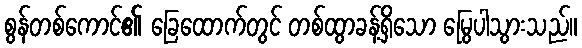
စွန်တစ်ကောင်၏ ခြေထောက်တွင် တစ်ထွာခန့်ရှိသော မြွေပါသွားသည်။